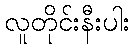
လူတိုင်းနီးပါး